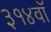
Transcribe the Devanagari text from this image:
३१४वॉ